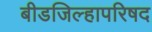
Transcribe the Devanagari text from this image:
बीडजिल्हापरिषद